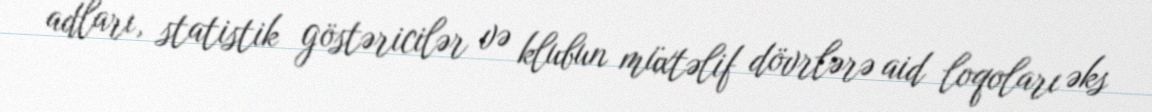
adları, statistik göstəricilər və klubun müxtəlif dövrlərə aid loqoları əks